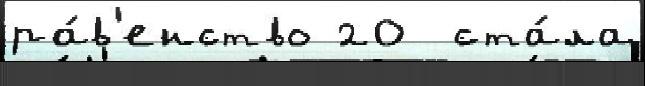
ра́в'енство 20  ста́ла